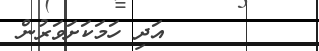
٢٤        އަދި ހަމަކަށަވަރުން